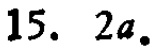
15. \(2a\).